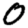
Digit: 0